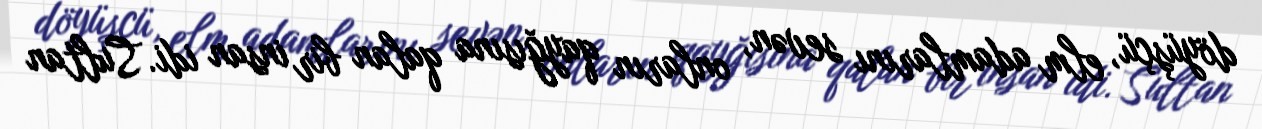
döyüşçü, elm adamlarını sevən, onların qayğısına qalan bir insan idi. Sultan